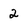
Character: 2